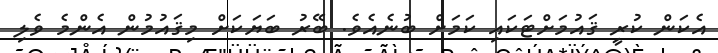
އެކަން ކުރީ ޤައުމަށްޓަކައި ކަމަށް ބުނެއެވެ. ބޭރު ބަޔަކަށް މިޤައުމުން އެންމެ ވެލި